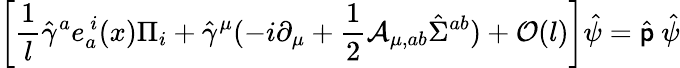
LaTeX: \left[{\frac{1}{l}}\hat{\gamma}^{a}e_{a}^{\ i}(x)\Pi_{i}+\hat{\gamma}^{\mu}(-i\partial_{\mu}+{\frac{1}{2}}{\mathcal A}_{\mu,ab}\hat{\Sigma}^{ab})+{\mathcal O}(l)\right]\hat{\psi}=\hat{\sf p}\ \hat{\psi}